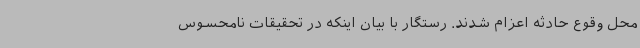
محل وقوع حادثه اعزام شدند. رستگار با بیان اینکه در تحقیقات نامحسوس